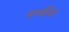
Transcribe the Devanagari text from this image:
सम्बंघित